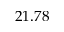
2 1 . 7 8